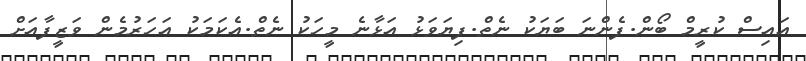
އައިސް ކުރީމް ބޯން.ފެންނަ ބަޔަކު ނެތް.ފިޔަވަޅު އަޅާނެ މީހަކު ނެތް.އެކަމަކު އަހަރުމެން ވަޒީފާއަށް